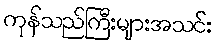
ကုန်သည်ကြီးများအသင်း